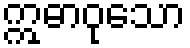
ဣဓာဝုသော